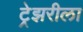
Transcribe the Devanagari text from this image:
ट्रेझरीला